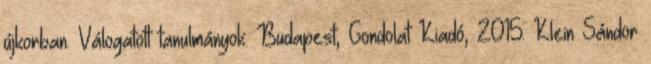
újkorban. Válogatott tanulmányok. Budapest, Gondolat Kiadó, 2015. Klein Sándor